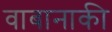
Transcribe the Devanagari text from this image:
वाबानाकी